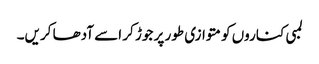
لمبی کناروں کو متوازی طور پر جوڑ کر اسے آدھا کریں۔